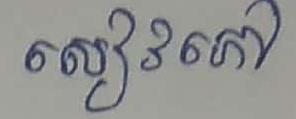
សៀវភៅ